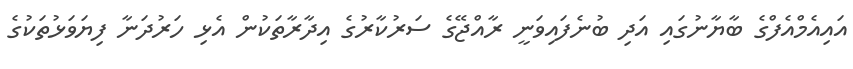
އައިއެމްއެފްގެ ބާޔާނުގައި އަދި ބުނެފައިވަނީ ރާއްޖޭގެ ސަރުކާރުގެ އިދާރާތަކުން އެޅި ހަރުދަނާ ފިޔަވަޅުތަކުގެ